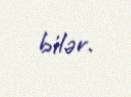
bilər.